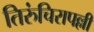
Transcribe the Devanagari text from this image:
तिरुंचिरापल्ली